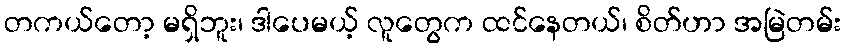
တကယ်တော့ မရှိဘူး၊ ဒါပေမယ့် လူတွေက ထင်နေတယ်၊ စိတ်ဟာ အမြဲတမ်း